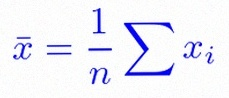
\bar{x}=\frac1n\sum x_i